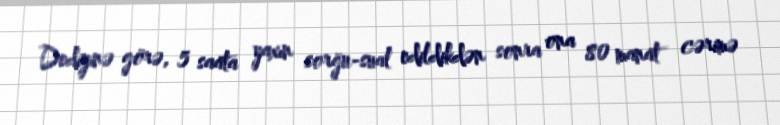
Dediyinə görə, 5 saata yaxın sorğu-sual edildikdən sonra ona 80 manat cərimə